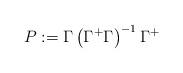
LaTeX: \begin{align*}P:=\Gamma \left( \Gamma^{+}\Gamma \right)^{-1}\Gamma^{+}\end{align*}